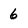
Character: 6